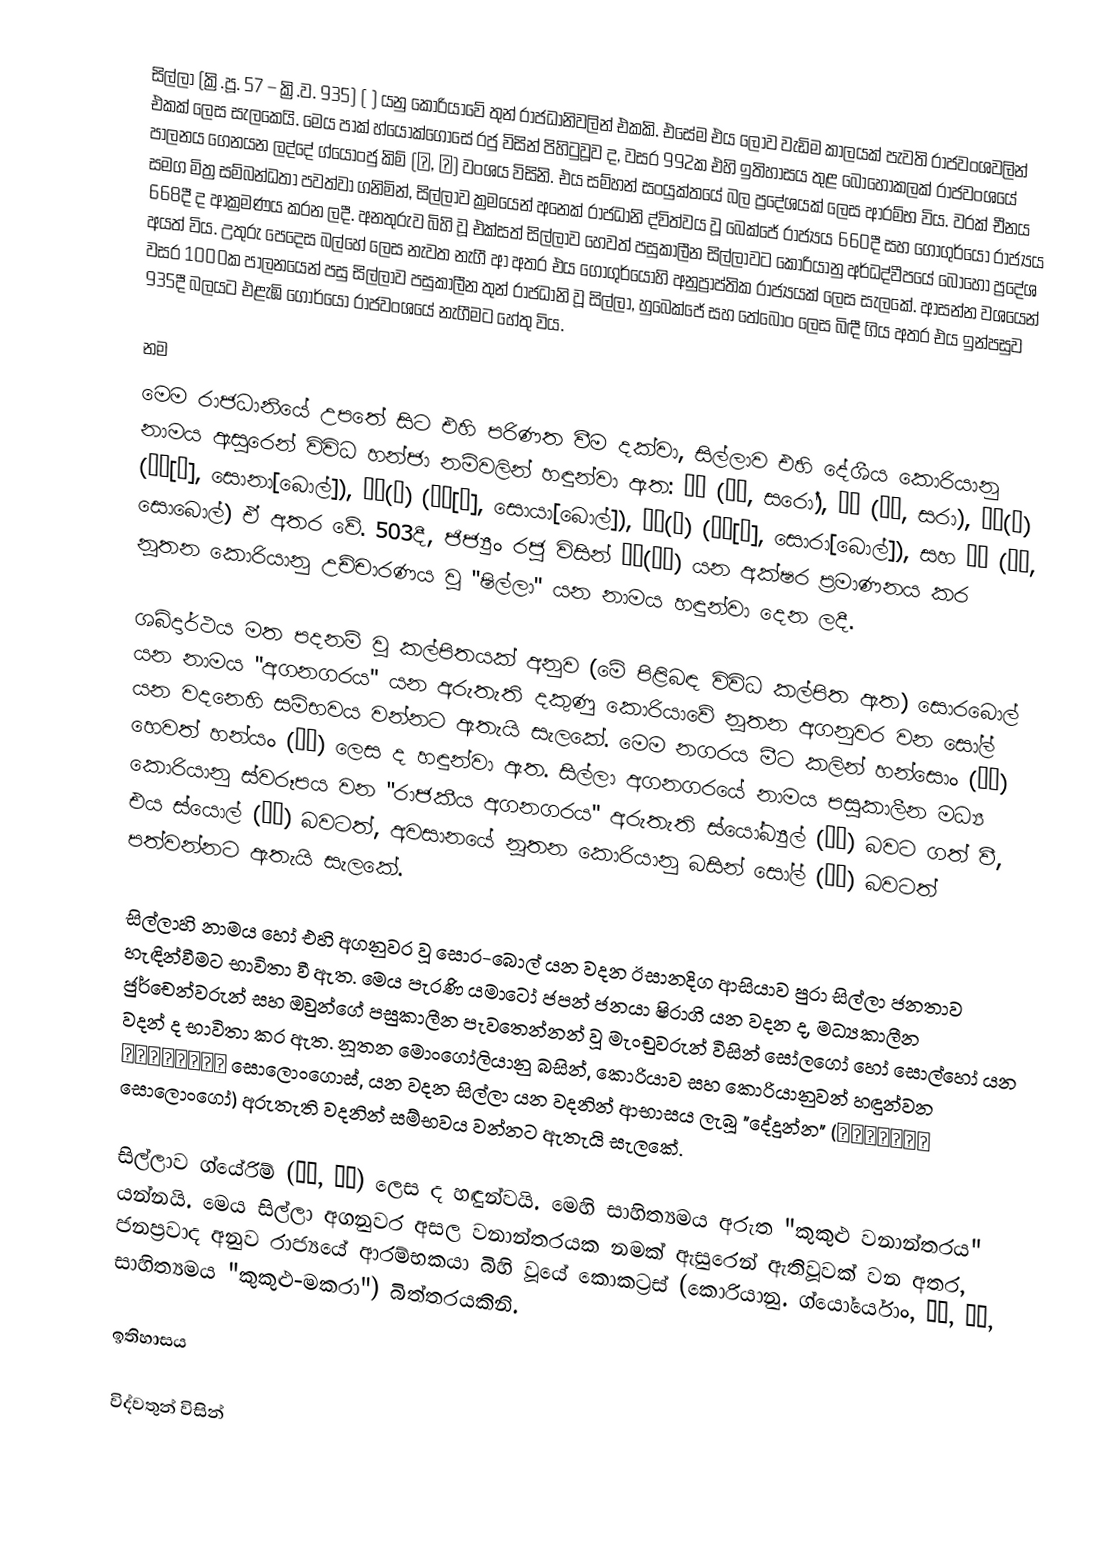
සිල්ලා (ක්‍රි.පූ. 57 – ක්‍රි.ව. 935) ( ) යනු කොරියාවේ තුන් රාජධානිවලින් එකකි. එසේම එය ලොව වැඩිම කාලයක් පැවති රාජවංශවලින් එකක් ලෙස සැලකෙයි. මෙය පාක් හ්යොක්ගොසේ රජු විසින් පිහිටුවූව ද, වසර 992ක එහි ඉතිහාසය තුළ බොහෝකලක් රාජවංශයේ පාලනය ගෙනයන ලද්දේ ග්යොංජු කිම් (김, 金) වංශය විසිනි. එය සම්හන් සංයුක්තයේ බල ප්‍රදේශයක් ලෙස ආරම්භ විය. වරක් චීනය සමග මිත්‍ර සම්බන්ධතා පවත්වා ගනිමින්, සිල්ලාව ක්‍රමයෙන් අනෙක් රාජධානි ද්විත්වය වූ බෙක්ජේ රාජ්‍යය 660දී සහ ගොගුර්යෝ රාජ්‍යය 668දී ද ආක්‍රමණය කරන ලදී. අනතුරුව බිහි වූ එක්සත් සිල්ලාව හෙවත් පසුකාලීන සිල්ලාවට කොරියානු අර්ධද්වීපයේ බොහෝ ප්‍රදේශ අයත් විය. උතුරු පෙදෙස බල්හේ ලෙස නැවත නැගී ආ අතර එය ගොගුර්යෝහි අනුප්‍රාප්තික රාජ්‍යයක් ලෙස සැලකේ. ආසන්න වශයෙන් වසර 1000ක පාලනයෙන් පසු සිල්ලාව පසුකාලීන තුන් රාජධානි වූ සිල්ලා, හුබෙක්ජේ සහ තේබොං ලෙස බිඳී ගිය අතර එය ඉන්පසුව 935දී බලයට එළැඹි ගෝර්යෝ රාජවංශයේ නැගීමට හේතු විය.

නම
මෙම රාජධානියේ උපතේ සිට එහි පරිණත වීම දක්වා, සිල්ලාව එහි දේශීය කොරියානු නාමය ඇසුරෙන් විවිධ හන්ජා නම්වලින් හඳුන්වා ඇත: 斯盧 (사로, සරෝ), 斯羅 (사라, සරා), 徐那(伐) (서나[벌], සොනා[බොල්]), 徐耶(伐) (서야[벌], සොයා[බොල්]), 徐羅(伐) (서라[벌], සොරා[බොල්]), සහ 徐伐 (서벌, සොබොල්) ඒ අතර වේ. 503දී, ජිජ්‍යුං රජු විසින් 新羅(신라) යන අක්ෂර ප්‍රමාණනය කර නූතන කොරියානු උච්චාරණය වූ "ෂිල්ලා" යන නාමය හඳුන්වා දෙන ලදී.

ශබ්දාර්ථය මත පදනම් වූ කල්පිතයක් අනුව (මේ පිළිබඳ විවිධ කල්පිත ඇත) සොරබොල් යන නාමය "අගනගරය" යන අරුතැති දකුණු කොරියාවේ නූතන අගනුවර වන සෝල් යන වදනෙහි සම්භවය වන්නට ඇතැයි සැලකේ. මෙම නගරය මීට කලින් හන්සොං (漢城) හෙවත් හන්යං (漢陽) ලෙස ද හඳුන්වා ඇත. සිල්ලා අගනගරයේ නාමය පසුකාලීන මධ්‍ය කොරියානු ස්වරූපය වන "රාජකීය අගනගරය" අරුතැති ස්යෝබ්‍යුල් (셔블) බවට ගත් වී, එය ස්යොල් (셔울) බවටත්, අවසානයේ නූතන කොරියානු බසින් සෝල් (서울) බවටත් පත්වන්නට ඇතැයි සැලකේ.

සිල්ලාහි  නාමය හෝ එහි අගනුවර වූ සොර-බොල් යන වදන ඊසානදිග ආසියාව පුරා සිල්ලා ජනතාව හැඳින්වීමට භාවිතා වී ඇත. මෙය පැරණි යමාටෝ ජපන් ජනයා ෂිරාගි යන වදන ද, මධ්‍යකාලීන ජුර්චෙන්වරුන් සහ ඔවුන්ගේ පසුකාලීන පැවතෙන්නන් වූ මැංචුවරුන් විසින් සෝලගෝ හෝ සොල්හෝ යන වදන් ද භාවිතා කර ඇත. නූතන මොංගෝලියානු බසින්, කොරියාව සහ කොරියානුවන් හඳුන්වන Солонгос සොලොංගොස්, යන වදන සිල්ලා යන වදනින් ආභාසය ලැබූ "දේදුන්න" (солонго සොලොංගෝ) අරුතැති වදනින් සම්භවය වන්නට ඇතැයි සැලකේ.

සිල්ලාව ග්යේරිම් (鷄林, 계림) ලෙස ද හඳුන්වයි. මෙහි සාහිත්‍යමය අරුත "කුකුළු වනාන්තරය" යන්නයි. මෙය සිල්ලා අගනුවර අසල වනාන්තරයක නමක් ඇසුරෙන් ඇතිවූවක් වන අතර, ජනප්‍රවාද අනුව රාජ්‍යයේ ආරම්භකයා බිහි වූයේ කොකට්‍රස් (කොරියානු. ග්යෝර්යොං, 雞龍, 계룡, සාහිත්‍යමය "කුකුළු-මකරා") බිත්තරයකිනි.

ඉතිහාසය

විද්වතුන් විසින්